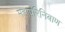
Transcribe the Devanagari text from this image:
महापरिनिबाण